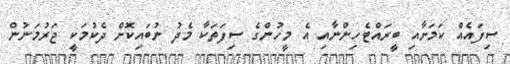
ސިފައެއް ކަމަށާއި ބީރައްޓެހިންނާއި އެ މީހުންގެ ސިފަތަކާ މެދު ނުބައިކޮށް ދެކުމަކީ ޖަރުމަނުން